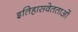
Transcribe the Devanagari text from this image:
इतिहासवेतताओं